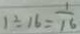
1 \div 1 6 = \frac { 1 } { 1 6 }